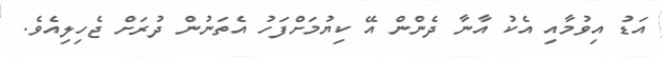
އަޑު އިވުމާއި އެކު އާނާ ދެންން އޭ ކިޔުމަށްފަހު އެތަނުން ދުރަށް ޖެހިލިއެވެ.